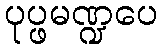
ပုပ္ဖမဏ္ဍပေ